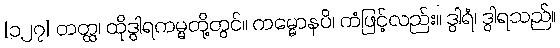
[၁၂၇] တတ္ထ၊ ထိုဒွါရကမ္မတို့တွင်။ ကမ္မောနပိ၊ ကံဖြင့်လည်း။ ဒွါရံ၊ ဒွါရသည်။